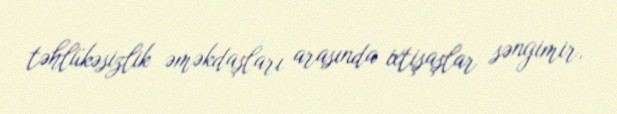
təhlükəsizlik əməkdaşları arasında ixtişaşlar səngimir.